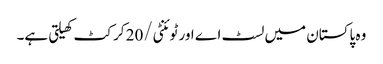
وہ پاکستان میں لسٹ اے اور ٹوئنٹی/20 کرکٹ کھیلتی ہے۔